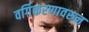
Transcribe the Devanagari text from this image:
वर्गिकरणावरुन